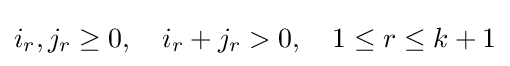
i_{r},j_{r}\geq 0,\quad i_{r}+j_{r}>0,\quad 1\leq r\leq k+1